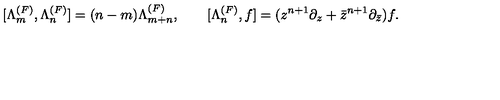
[ \Lambda _ { m } ^ { ( F ) } , \Lambda _ { n } ^ { ( F ) } ] = ( n - m ) \Lambda _ { m + n } ^ { ( F ) } , \qquad [ \Lambda _ { n } ^ { ( F ) } , f ] = ( z ^ { n + 1 } \partial _ { z } + { \bar { z } } ^ { n + 1 } \partial _ { \bar { z } } ) f .